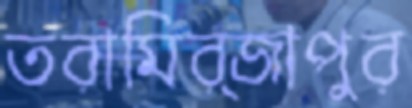
তরামির্জাপুর